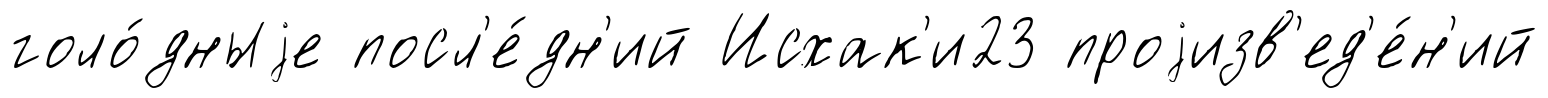
голо́дныjе посл'е́дн'ий Исхак'и23 проjизв'ед'е́н'ий